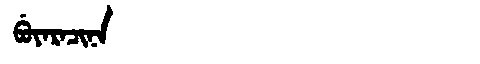
Manchu: ᠪᡠᠶᠠᡵᠠᠴᡳᠨᠠ
Romanization: BUYARACINA